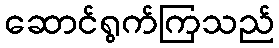
ဆောင်ရွက်ကြသည်